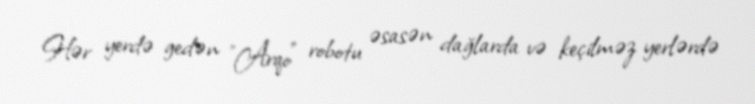
Hər yerdə gedən "Arqo" robotu əsasən dağlarda və keçilməz yerlərdə